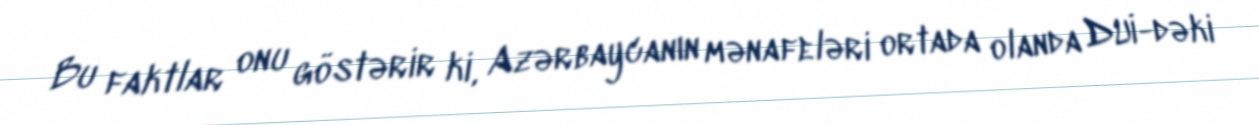
Bu faktlar onu göstərir ki, Azərbaycanın mənafeləri ortada olanda DUİ-dəki